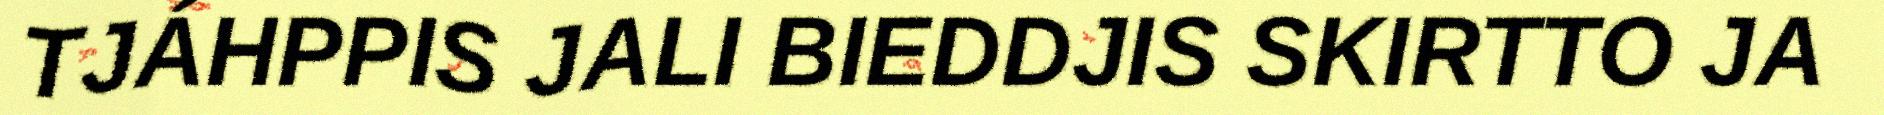
TJÁHPPIS JALI BIEDDJIS SKIRTTO JA